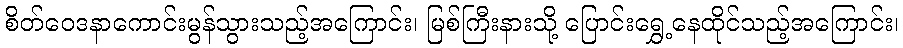
စိတ်ဝေဒနာကောင်းမွန်သွားသည့်အကြောင်း၊ မြစ်ကြီးနားသို့ ပြောင်းရွှေ့နေထိုင်သည့်အကြောင်း၊